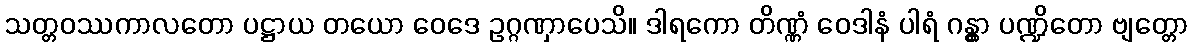
သတ္တဝဿကာလတော ပဋ္ဌာယ တယော ဝေဒေ ဥဂ္ဂဏှာပေသိ။ ဒါရကော တိဏ္ဏံ ဝေဒါနံ ပါရံ ဂန္တွာ ပဏ္ဍိတော ဗျတ္တော